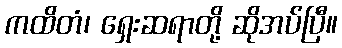
ကထိတံ၊ ရှေးဆရာတို့ ဆိုအပ်ပြီ။